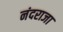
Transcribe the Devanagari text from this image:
नंदराजा